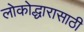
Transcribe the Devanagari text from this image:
लोकोद्धारासाठी